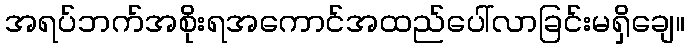
အရပ်ဘက်အစိုးရအကောင်အထည်ပေါ်လာခြင်းမရှိချေ။